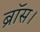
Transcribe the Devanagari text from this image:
ब्रॉस।